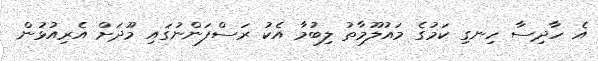
އެ ހާދިސާ ހިނގި ކަމުގެ މައުލޫމާތު ލިބުމާ އެކު ރަސްފަންނުގައި މޫދަށް އެރިއުޅުން